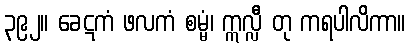
၃၉၂။ ခေဋကံ ဖလကံ စမ္မံ၊ ဣလ္လီ တု ကရပါလိကာ။